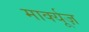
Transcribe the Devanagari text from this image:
मार्क्यूज़